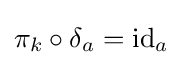
\pi _{k}\circ \delta _{a}=\operatorname {id} _{a}